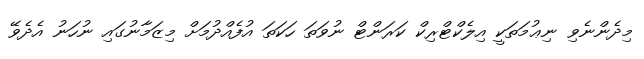
މިދެންނެވި ނިޢުމަތަކީ އިލެކްޓްރިކް ކަރަންޓް ނުވަތަ ހަކަތަ އުފެއްދުމަށް މިޒަމާނުގައި ނުހަނު އެދެވޭ